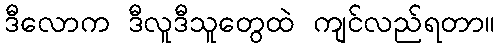
ဒီလောက ဒီလူဒီသူတွေထဲ ကျင်လည်ရတာ။